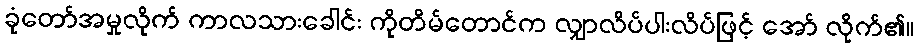
ခုံတော်အမှုလိုက် ကာလသားခေါင်း ကိုတိမ်တောင်က လျှာလိပ်ပါးလိပ်ဖြင့် အော် လိုက်၏။